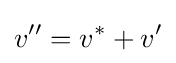
v''=v^{*}+v'